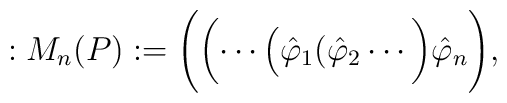
: M_n(P) := \Biggl (\biggl (\cdots \Bigl (\hat \varphi _1(\hat\varphi _2 \cdots \biggl )\hat\varphi _n\Biggl ),